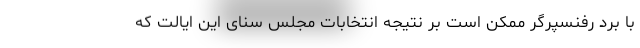
با برد رفنسپرگر ممکن است بر نتیجه انتخابات مجلس سنای این ایالت که